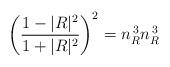
LaTeX: \begin{align*}\left( \frac{1 - |R|^2}{1 + |R|^2} \right)^2 = n_R^{\, 3} n_R^{\, 3}\end{align*}